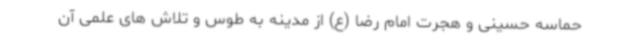
حماسه حسینی و هجرت امام رضا (ع) از مدینه به طوس و تلاش های علمی آن